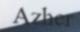
Azher